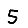
Digit: 5